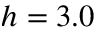
h = 3 . 0